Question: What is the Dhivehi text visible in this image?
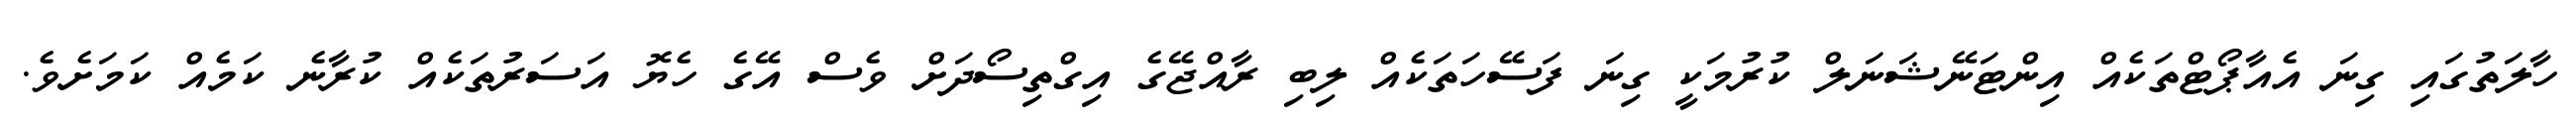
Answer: ހާލަތުގައި ގިނަ އެއާޕޯޓްތަކެއް އިންޓަނޭޝަނަލް ކުރުމަކީ ގިނަ ފަސޭހަތަކެއް ލިބި ރާއްޖޭގެ އިގްތިސޯދަށް ވެސް އޭގެ ހެޔޮ އަސަރުތަކެއް ކުރާނެ ކަމެއް ކަމަށެވެ.